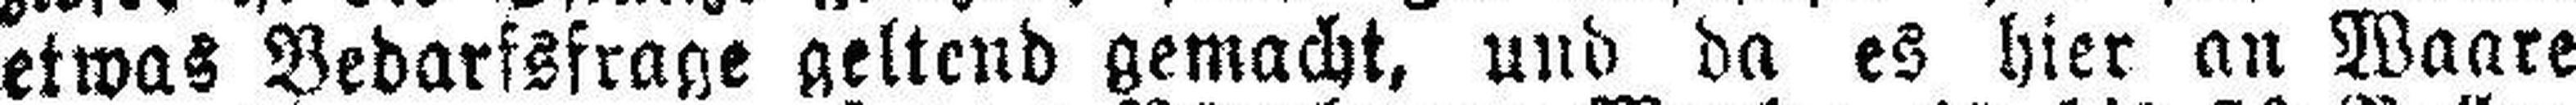
etwas Bedarfsfrage geltend gemacht, und da es hier an Waare